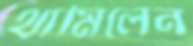
থামিলেন